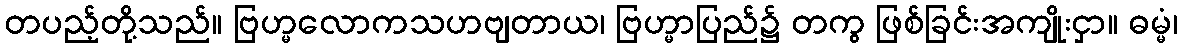
တပည့်တို့သည်။ ဗြဟ္မလောကသဟဗျတာယ၊ ဗြဟ္မာပြည်၌ တကွ ဖြစ်ခြင်းအကျိုးငှာ။ ဓမ္မံ၊